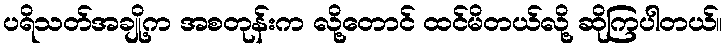
ပရိသတ်အချို့က အစတုန်းက လို့တောင် ထင်မိတယ်လို့ ဆိုကြပါတယ်။